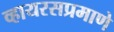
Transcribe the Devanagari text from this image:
व्हायरसप्रमाणे